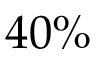
4 0 \%